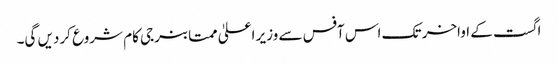
اگست کے اواخر تک اس آفس سے وزیر اعلیٰ ممتا بنرجی کام شروع کردیں گی۔